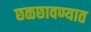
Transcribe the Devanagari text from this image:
छळछावण्यात